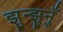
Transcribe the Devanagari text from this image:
झुन्झुनुँ